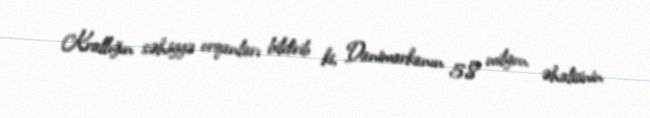
Krallığın səhiyyə orqanları bildirib ki, Danimarkanın 5,8 milyon əhalisinin